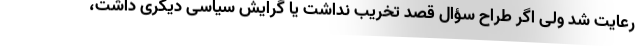
رعایت شد ولی اگر طراح سؤال قصد تخریب نداشت یا گرایش سیاسی دیگری داشت،